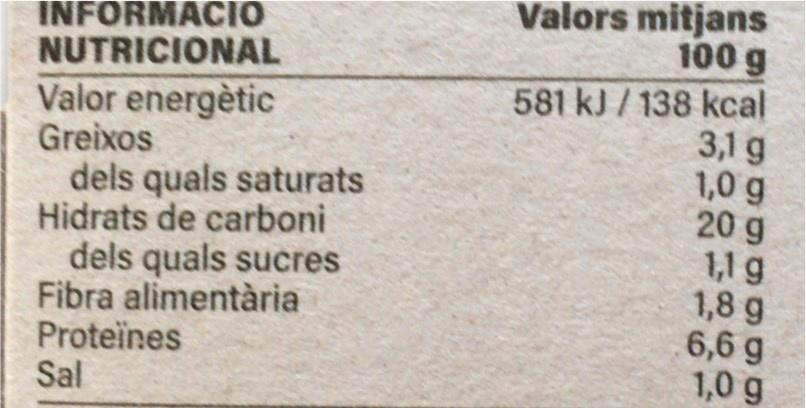
INFORMACIO NUTRICIONAL
Valors mitjans 100 g
Valor energètic Greixos dels quals saturats Hidrats de carboni dels quals sucres Fibra alimentària Proteines Sal
581 kJ / 138 kcal 3,1 g 1,0 g 20 g 1,1 g 1,8 g 6,6 g 1,0 g